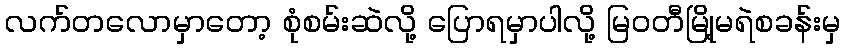
လက်တလောမှာတော့ စုံစမ်းဆဲလို့ ပြောရမှာပါလို့ မြဝတီမြို့မရဲစခန်းမှ